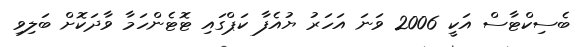
ބެސިކްޓާސް އަކީ 2006 ވަނަ އަހަރު ޔުއެފާ ކަޕްގައި ޓޮޓެންހަމާ ވާދަކޮށް ބަލިވި